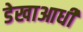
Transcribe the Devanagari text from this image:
डेखाआधी